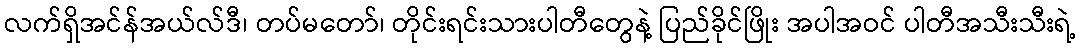
လက်ရှိအင်န်အယ်လ်ဒီ၊ တပ်မတော်၊ တိုင်းရင်းသားပါတီတွေနဲ့ ပြည်ခိုင်ဖြိုး အပါအဝင် ပါတီအသီးသီးရဲ့